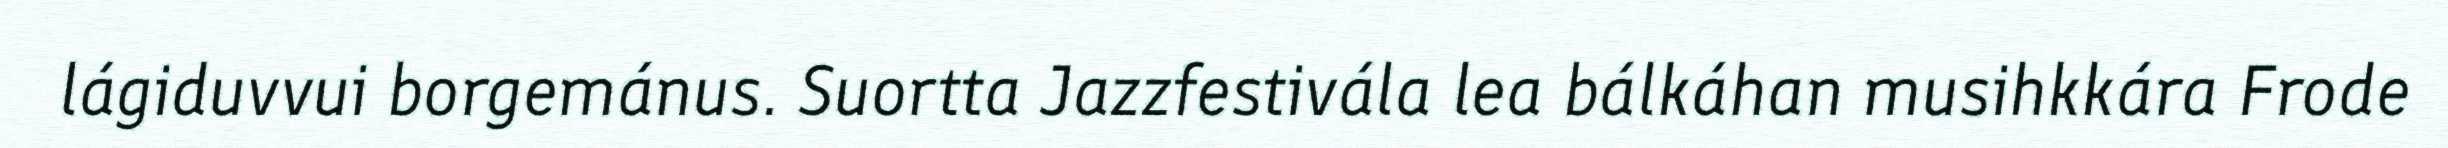
lágiduvvui borgemánus. Suortta Jazzfestivála lea bálkáhan musihkkára Frode